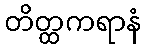
တိတ္ထကရာနံ